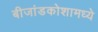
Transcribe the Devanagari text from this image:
बीजांडकोशामध्ये